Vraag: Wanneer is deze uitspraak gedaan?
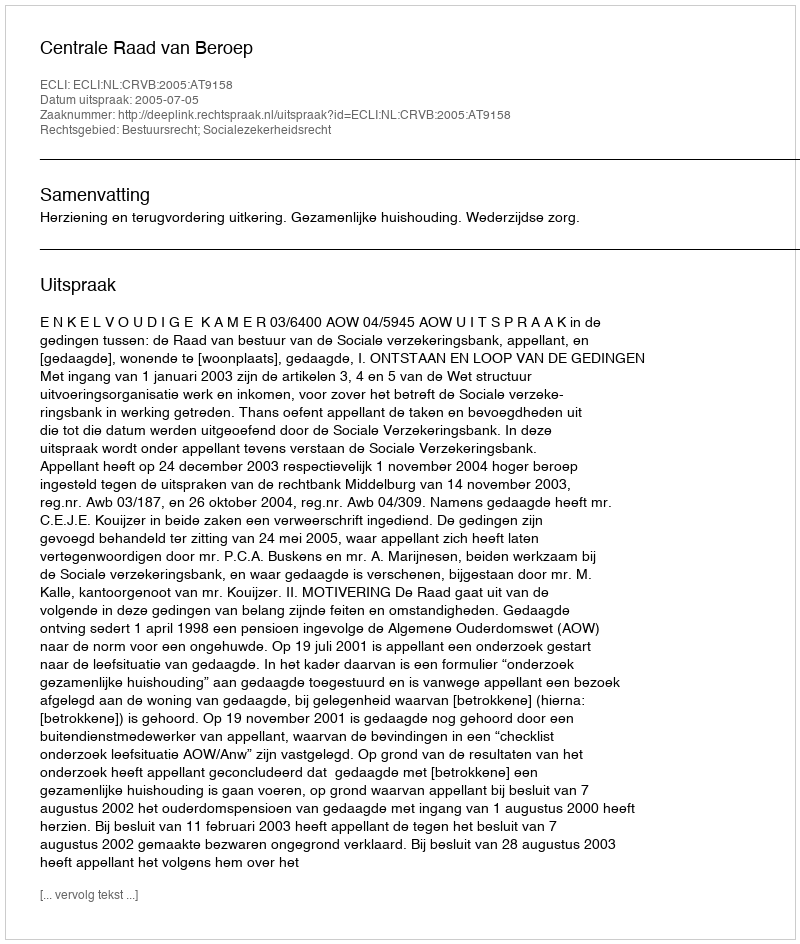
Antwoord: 2005-07-05